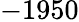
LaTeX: -1950